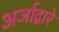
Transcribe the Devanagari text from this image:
अर्जाद्वारे